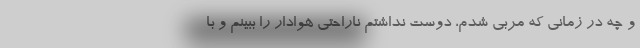
و چه در زمانی که مربی شدم، دوست نداشتم ناراحتی هوادار را ببینم و با